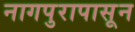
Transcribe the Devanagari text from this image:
नागपुरापासून